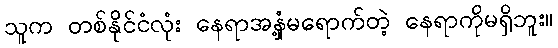
သူက တစ်နိုင်ငံလုံး နေရာအနှံ့မရောက်တဲ့ နေရာကိုမရှိဘူး။